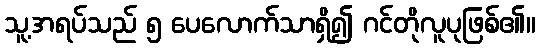
သူ့အရပ်သည် ၅ ပေလောက်သာရှိ၍ ဂင်တိုလူပုဖြစ်၏။